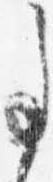
事